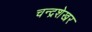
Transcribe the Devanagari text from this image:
चन्‍द्रशेखर